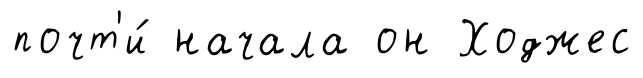
почт'и́ начала он Ходжес